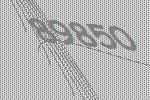
89850